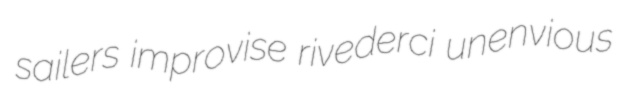
sailers improvise rivederci unenvious